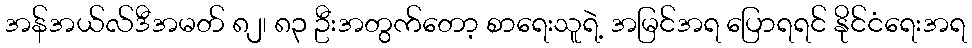
အန်အယ်လ်ဒီအမတ် ၈၂၊ ၈၃ ဦးအတွက်တော့ စာရေးသူရဲ့ အမြင်အရ ပြောရရင် နိုင်ငံရေးအရ